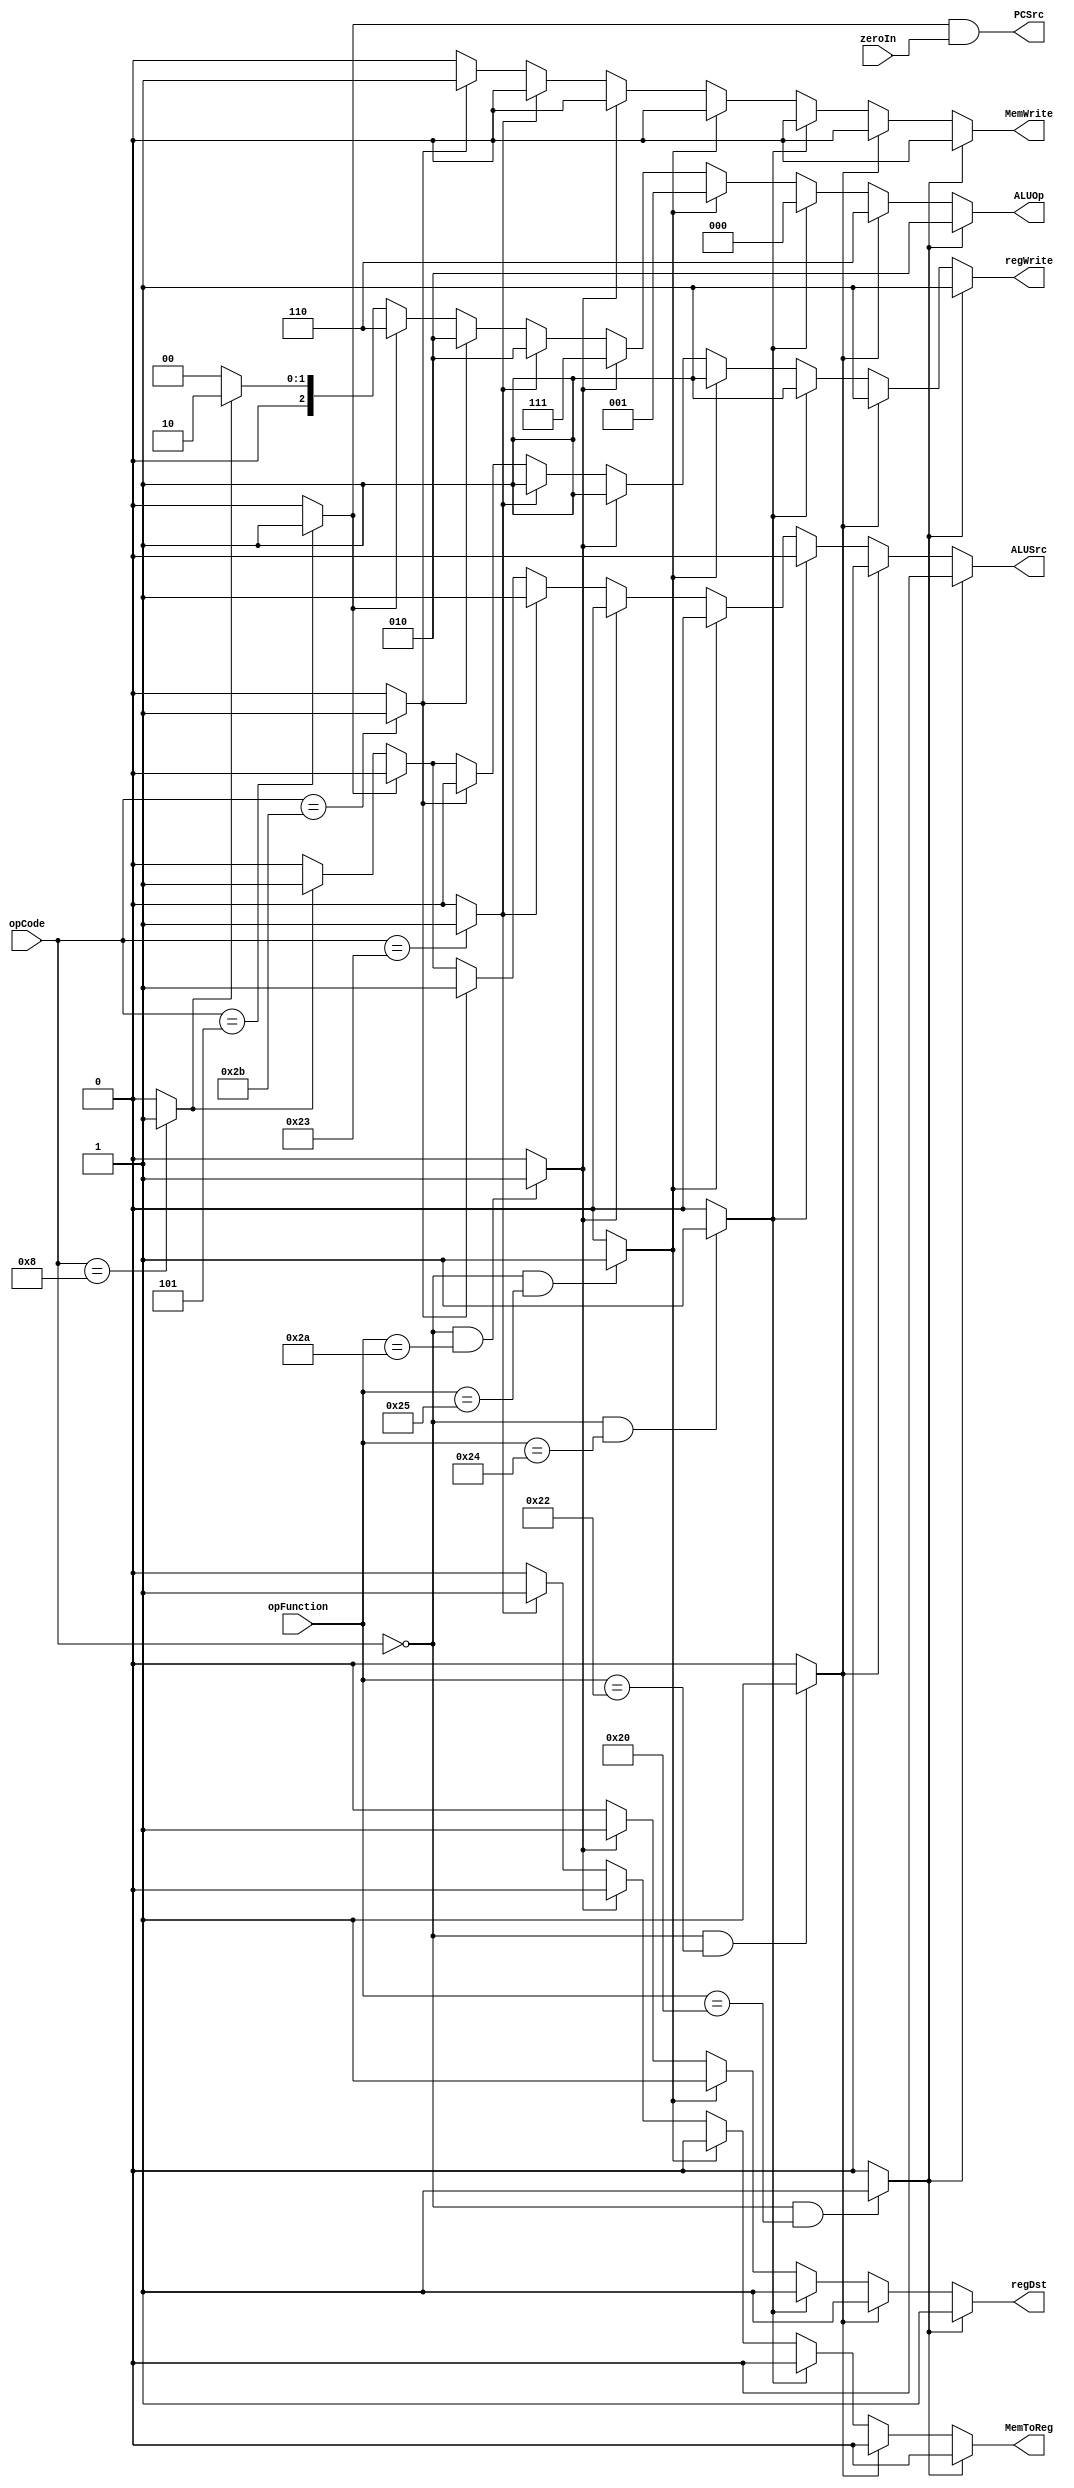
`timescale 1ns / 1ps
//////////////////////////////////////////////////////////////////////////////////
// Company: 
// Engineer: 
// 
// Design Name: 
// Module Name: control
// Project Name: 
// Target Devices: 
// Tool Versions: 
// Description: 
// 
// Dependencies: 
// 
// Revision:
// Revision 0.01 - File Created
// Additional Comments:
// 
//////////////////////////////////////////////////////////////////////////////////


module control(
    input [5:0] opCode,
    input [5:0] opFunction,
    input zeroIn,
    output reg regDst,
    output reg regWrite,
    output reg ALUSrc,
    output reg [2:0] ALUOp,
    output reg MemWrite,
    output reg MemToReg,
    output wire PCSrc
    );
    
    wire addInstruction;
    wire addImmInstruction;
    wire subtractInstruction;
    wire andInstruction;
    wire orInstruction;
    wire sltInstruction;
    wire lwInstruction;
    wire swInstruction;
    wire bneInstruction;
    
    assign addInstruction = ((opCode == 6'b000000) && (opFunction==6'b100000)) ? 1'b1 : 1'b0;
    assign subtractInstruction = ((opCode == 6'b000000) && (opFunction==6'b100010)) ? 1'b1 : 1'b0;
    assign andInstruction = ((opCode == 6'b000000) && (opFunction==6'b100100)) ? 1'b1 : 1'b0;
    assign orInstruction = ((opCode == 6'b000000) && (opFunction==6'b100101)) ? 1'b1 : 1'b0;
    assign sltInstruction = ((opCode == 6'b000000) && (opFunction==6'b101010)) ? 1'b1 : 1'b0;
    assign lwInstruction = (opCode == 6'b100011) ? 1'b1 : 1'b0;
    assign swInstruction = (opCode == 6'b101011) ? 1'b1 : 1'b0;
    assign bneInstruction = (opCode == 6'b000101) ? 1'b1 : 1'b0;
    assign addImmInstruction = (opCode == 6'b001000) ? 1'b1 : 1'b0;
    assign PCSrc = bneInstruction & zeroIn;
    
    
    always @(*)
    begin
        if(addInstruction)
        begin
            regDst = 1'b1;
            regWrite = 1'b1;
            ALUSrc = 1'b0;
            ALUOp = 3'b010;
            MemWrite = 1'b0;
            MemToReg = 1'b0;
        end
        else if(subtractInstruction)
        begin
            regDst = 1'b1;
            regWrite = 1'b1;
            ALUSrc = 1'b0;
            ALUOp = 3'b110;
            MemWrite = 1'b0;
            MemToReg = 1'b0;
        end
        else if(andInstruction)
        begin
            regDst = 1'b1;
            regWrite = 1'b1;
            ALUSrc = 1'b0;
            ALUOp = 3'b000;
            MemWrite = 1'b0;
            MemToReg = 1'b0;
        end
        else if(orInstruction)
        begin
            regDst = 1'b1;
            regWrite = 1'b1;
            ALUSrc = 1'b0;
            ALUOp = 3'b001;
            MemWrite = 1'b0;
            MemToReg = 1'b0;
        end
        else if(sltInstruction)
        begin
            regDst = 1'b1;
            regWrite = 1'b1;
            ALUSrc = 1'b0;
            ALUOp = 3'b111;
            MemWrite = 1'b0;
            MemToReg = 1'b0;
        end
        else if(lwInstruction)
        begin
            regDst = 1'b0;
            regWrite = 1'b1;
            ALUSrc = 1'b1;
            ALUOp = 3'b010;
            MemWrite = 1'b0;
            MemToReg = 1'b1;
        end
        else if(swInstruction)
        begin
            regDst = 1'b0;
            regWrite = 1'b0;
            ALUSrc = 1'b1;
            ALUOp = 3'b010;
            MemWrite = 1'b1;
            MemToReg = 1'b0;
        end
        else if(bneInstruction)
        begin
            regDst = 1'b0;
            regWrite = 1'b0;
            ALUSrc = 1'b0;
            ALUOp = 3'b110;
            MemWrite = 1'b0;
            MemToReg = 1'b0;
        end
        else if(addImmInstruction)
        begin
            regDst = 1'b0;
            regWrite = 1'b1;
            ALUSrc = 1'b1;
            ALUOp = 3'b010;
            MemWrite = 1'b0;
            MemToReg = 1'b0;     
        end
        else
        begin
            regDst = 1'b0;
            regWrite = 1'b0;
            ALUSrc = 1'b0;
            ALUOp = 3'b000;
            MemWrite = 1'b0;
            MemToReg = 1'b0;
        end
    end
    
endmodule